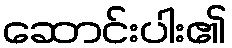
ဆောင်းပါး၏